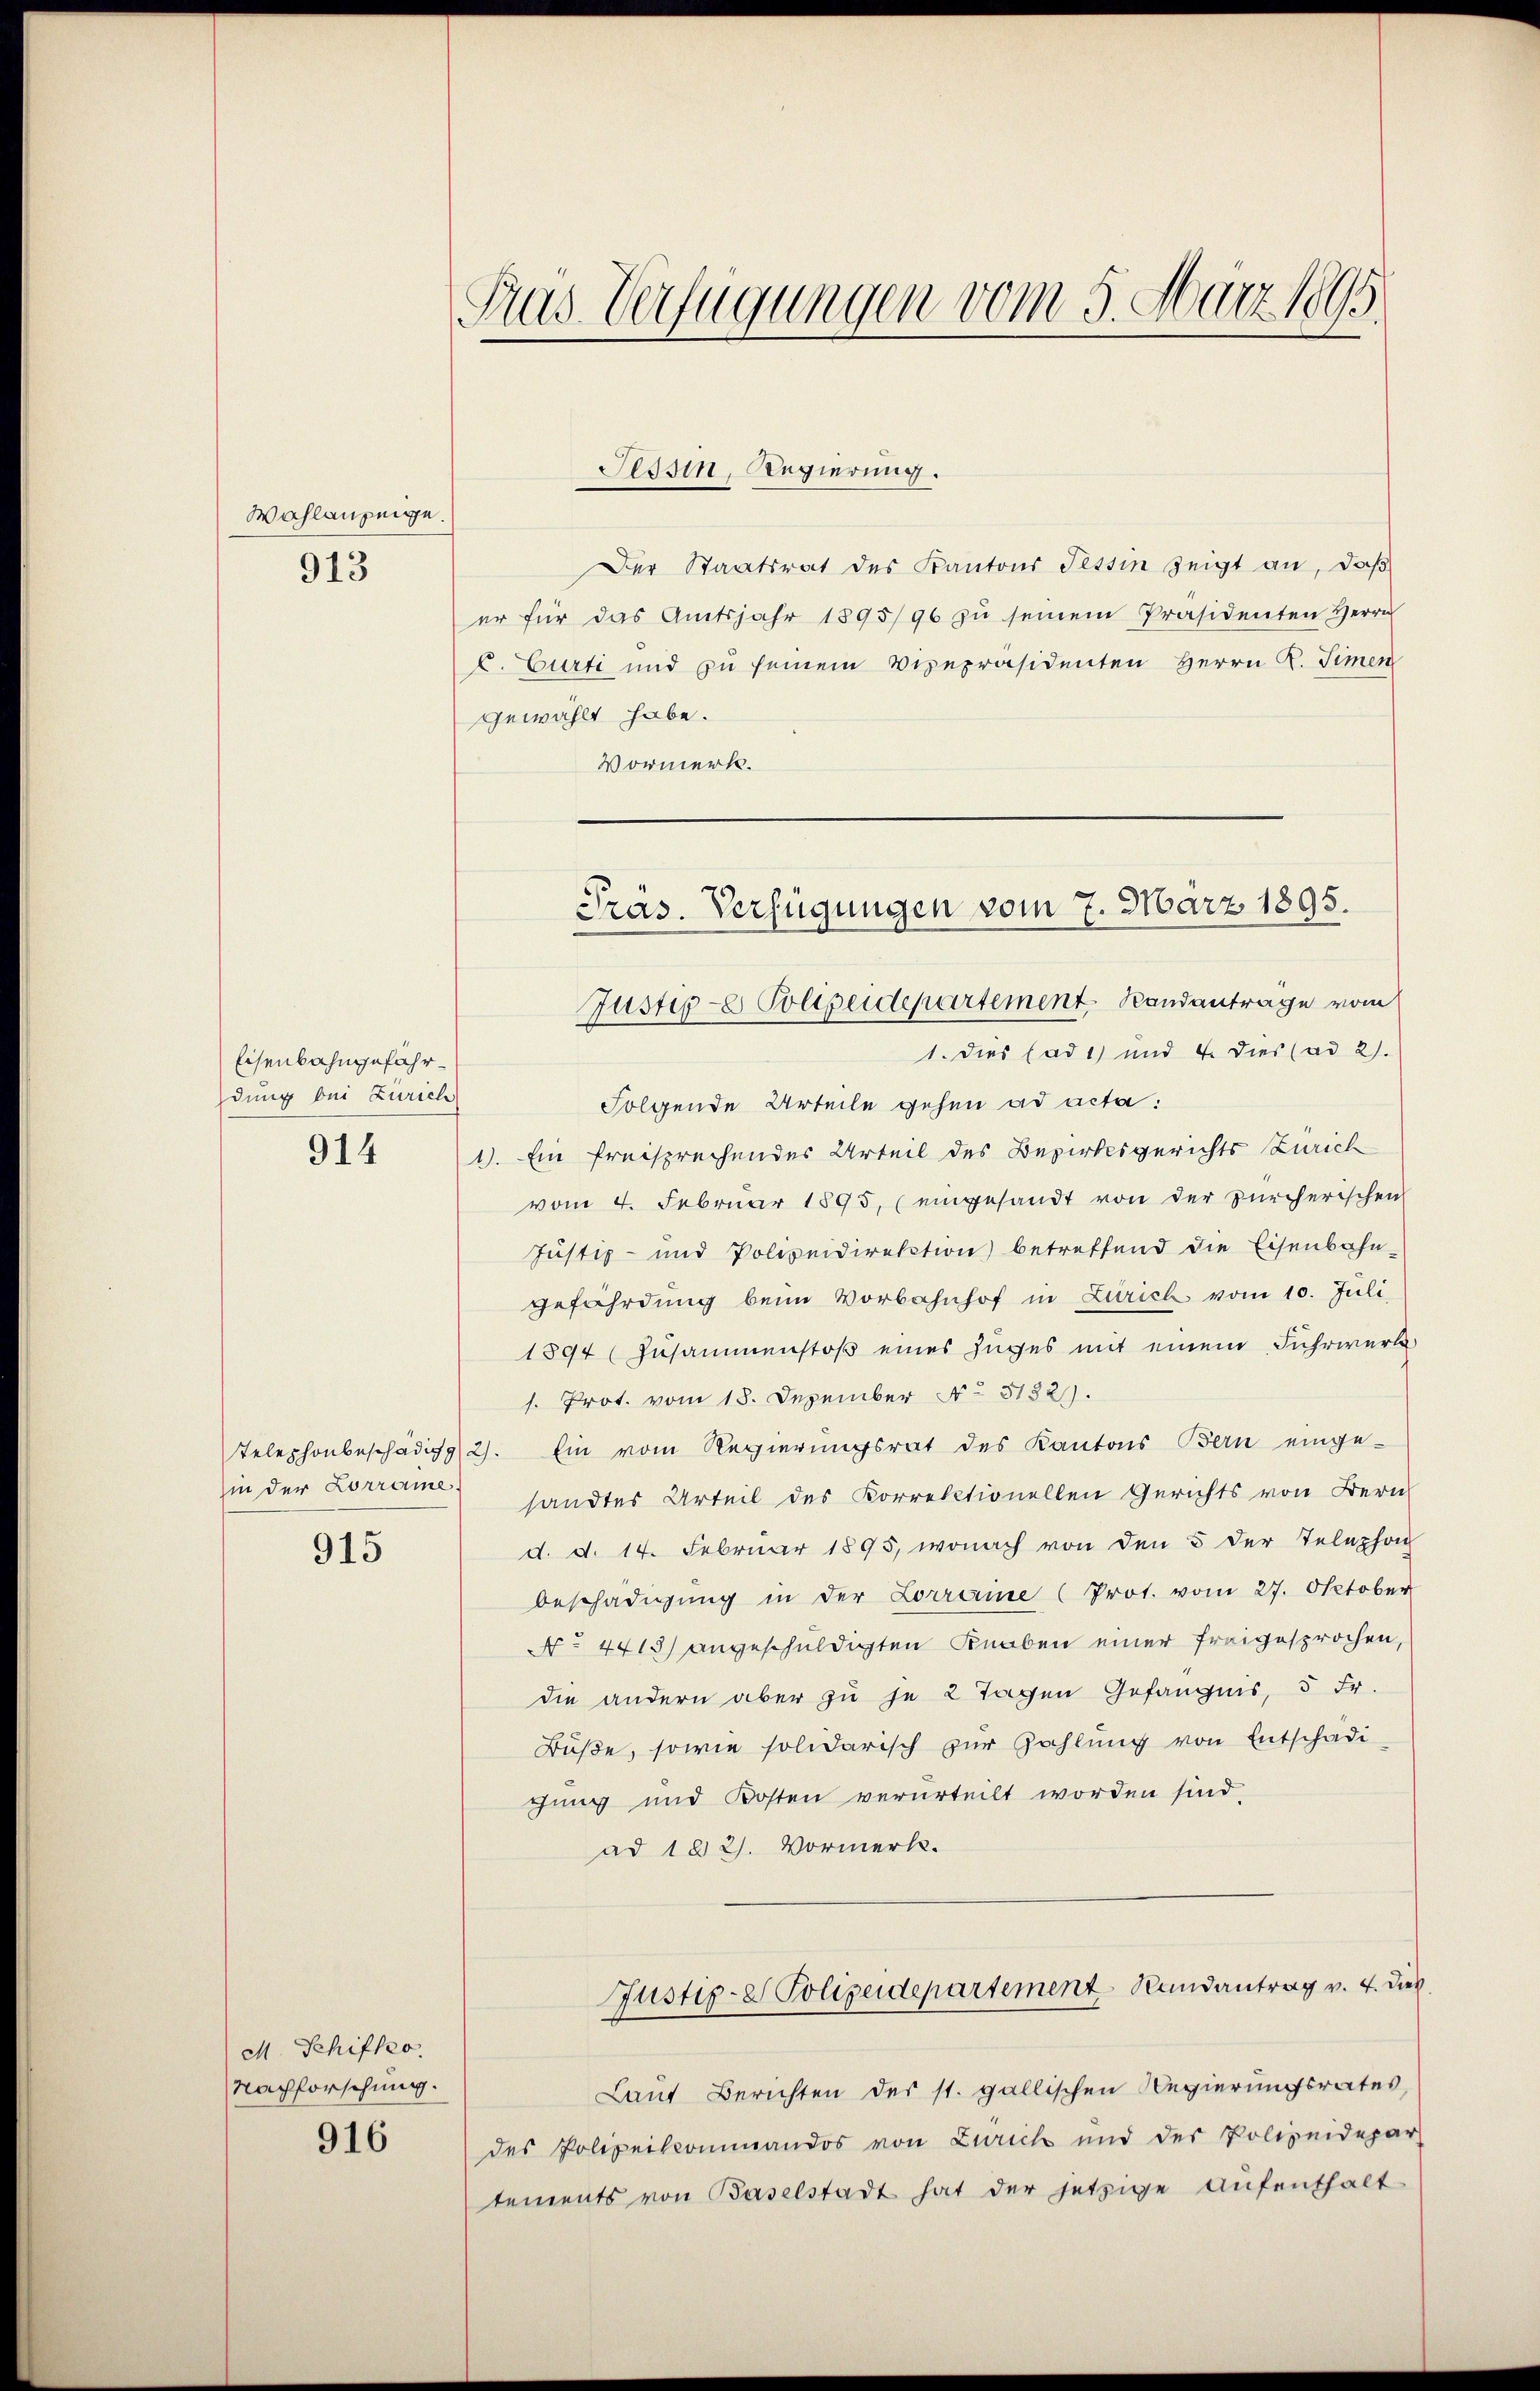
Wahlanzeige.
913

Eisenbahngefährdung bei Zürich
914

915

M. Schifko.
Nachforschung.

916

Tras Verfügungen vom 5. März 1895.

Der Staatsrat des Kantons Tessin zeigt an, daß
er für das Amtsjahr 1895/96 zŭ seinem Präsidenten Herrn
C. Curti und zu seinem Vizepräsidenten Herrn R. Simen
gewählt habe.
Vormerk.

Tessin, Regierung.

Präs. Verfügungen vom 7. März 1895.
Justige Polizeidepartement Randanträge vom

1. Dies ad 1) und 4. dies (ad 2).
Folgende Urteile gehen ad acta:
1). Ein freisprechendes Urteil des Bezirksgerichts Zürich
vom 4. Februar 1895, (eingesandt von der zürcherischen
Justiz- und Polizeidirektion betreffend die Eisenbahn-
gefährdung beim Vorbahnhof in Zürich vom 10. Juli,
1894 (Zusammenstoß eines Zuges mit einem Fuhrwerk
s. Prot. vom 18. Dezember No 5132).
Telephonbeschädig 2). Ein vom Regierungsrat des Kantons Bern einge-
in der Lorrane sandtes Urteil des Korrektionellen Gerichts von Bern
d. d. 14. Februar 1895, wonach von den 5 der Telephon
beschädigung in der Lorranne (Prot. vom 27. Oktober
No. 4415) angeschuldigten Knaben einer freigesprochen,
die andern aber zu je 2 Tagen Gefängnis, 5 Fr.
Büße, sowie solidarisch zur Zahlung von Entschädi-
gung und Kosten verurteilt worden sind,
ad 182). Vormerk.
Justiz- & Polizeidepartement Randantrag v. 4. Dieb
Laut Berichten des st. gallischen Regierungsrates,
des Polizeikommandos von Zürich und der Polizeidepar
tements von Baselstadt hat der jetzige Aufenthalt